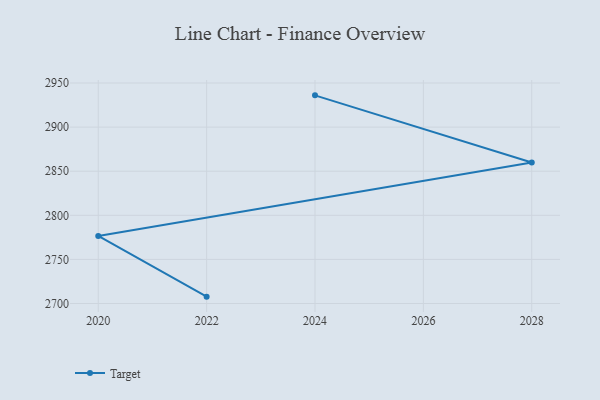
{"axis": {"x": "Year", "y": "Tickets Resolved"}, "legend": ["Target"], "data": [{"x": "2022", "y": 2707.8, "type": "Target"}, {"x": "2020", "y": 2776.6, "type": "Target"}, {"x": "2028", "y": 2859.8, "type": "Target"}, {"x": "2024", "y": 2936.0, "type": "Target"}]}